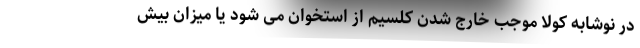
در نوشابه کولا موجب خارج شدن کلسیم از استخوان می شود یا میزان بیش